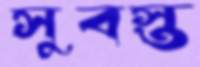
সুবস্ত